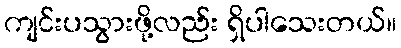
ကျင်းပသွားဖို့လည်း ရှိပါသေးတယ်။